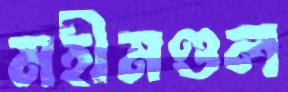
মহীমণ্ডল